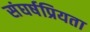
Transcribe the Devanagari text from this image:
संघर्षप्रियता